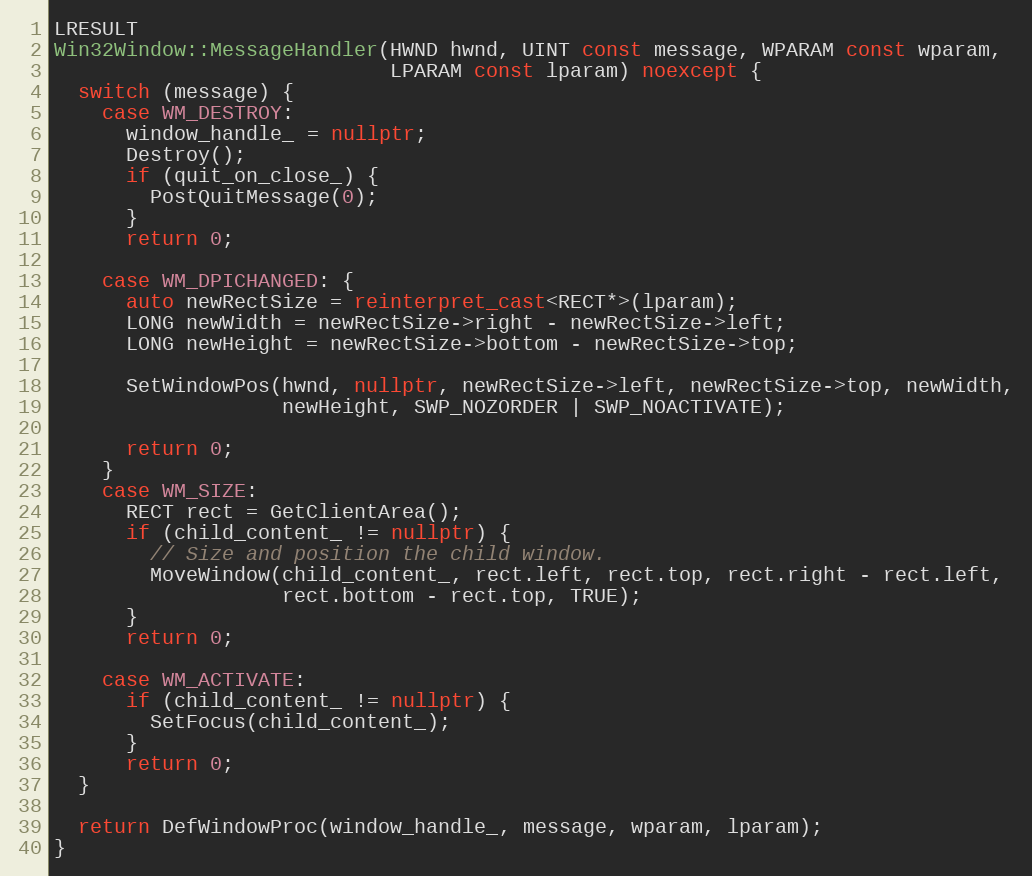
Language: C++
LRESULT
Win32Window::MessageHandler(HWND hwnd, UINT const message, WPARAM const wparam,
                            LPARAM const lparam) noexcept {
  switch (message) {
    case WM_DESTROY:
      window_handle_ = nullptr;
      Destroy();
      if (quit_on_close_) {
        PostQuitMessage(0);
      }
      return 0;

    case WM_DPICHANGED: {
      auto newRectSize = reinterpret_cast<RECT*>(lparam);
      LONG newWidth = newRectSize->right - newRectSize->left;
      LONG newHeight = newRectSize->bottom - newRectSize->top;

      SetWindowPos(hwnd, nullptr, newRectSize->left, newRectSize->top, newWidth,
                   newHeight, SWP_NOZORDER | SWP_NOACTIVATE);

      return 0;
    }
    case WM_SIZE:
      RECT rect = GetClientArea();
      if (child_content_ != nullptr) {
        // Size and position the child window.
        MoveWindow(child_content_, rect.left, rect.top, rect.right - rect.left,
                   rect.bottom - rect.top, TRUE);
      }
      return 0;

    case WM_ACTIVATE:
      if (child_content_ != nullptr) {
        SetFocus(child_content_);
      }
      return 0;
  }

  return DefWindowProc(window_handle_, message, wparam, lparam);
}